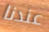
عندنا